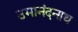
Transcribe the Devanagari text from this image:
उमानंदनाथ